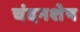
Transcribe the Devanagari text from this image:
चंदनशेष